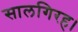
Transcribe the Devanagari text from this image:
सालगिरह।